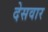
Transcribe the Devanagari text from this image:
देसवार